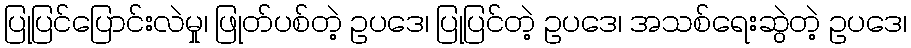
ပြုပြင်ပြောင်းလဲမှု၊ ဖြုတ်ပစ်တဲ့ ဥပဒေ၊ ပြုပြင်တဲ့ ဥပဒေ၊ အသစ်ရေးဆွဲတဲ့ ဥပဒေ၊